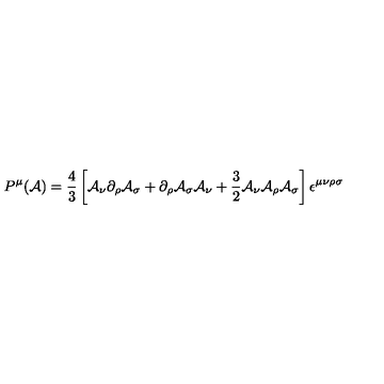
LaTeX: P ^ { \mu } ( { \cal A } ) = \frac { 4 } { 3 } \left[ { \cal A } _ { \nu } \partial _ { \rho } { \cal A } _ { \sigma } + \partial _ { \rho } { \cal A } _ { \sigma } { \cal A } _ { \nu } + \frac { 3 } { 2 } { \cal A } _ { \nu } { \cal A } _ { \rho } { \cal A } _ { \sigma } \right] \epsilon ^ { \mu \nu \rho \sigma }